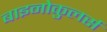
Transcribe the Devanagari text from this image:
बाइनोकुलर्स